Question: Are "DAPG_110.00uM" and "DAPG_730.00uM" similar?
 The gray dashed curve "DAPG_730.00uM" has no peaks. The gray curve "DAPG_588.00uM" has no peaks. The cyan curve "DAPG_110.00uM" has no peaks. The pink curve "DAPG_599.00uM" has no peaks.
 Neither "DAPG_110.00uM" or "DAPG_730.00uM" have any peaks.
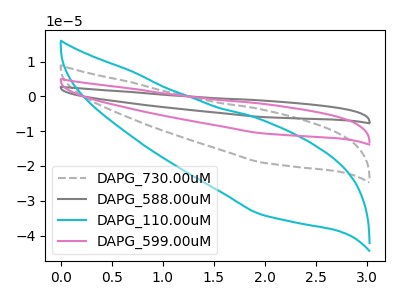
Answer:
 <answer>"DAPG_110.00uM" and "DAPG_730.00uM" are similar in shape.</answer>
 <eval>same_shape</eval>